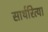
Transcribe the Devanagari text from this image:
सार्थरित्या